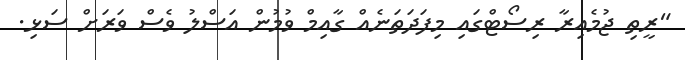
"ރީތި ޖުމެއިރާ ރިސޯޓްގައި މިފަދަތަނެއް ގާއިމް ވުމުން އަސްލު ވެސް ވަރަށް ސަޅި.